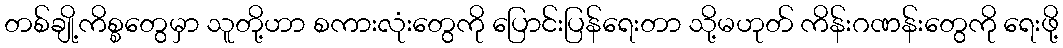
တစ်ချို့ကိစ္စတွေမှာ သူတို့ဟာ စကားလုံးတွေကို ပြောင်းပြန်ရေးတာ သို့မဟုတ် ကိန်းဂဏန်းတွေကို ရေးဖို့